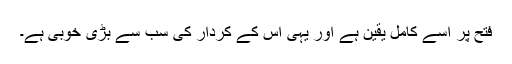
فتح پر اُسے کامل یقین ہے اور یہی اُس کے کردار کی سب سے بڑی خوبی ہے۔